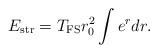
\begin{align*}E_{\rm str}=T_{\rm FS}r_0^2\int e^rdr.\end{align*}